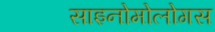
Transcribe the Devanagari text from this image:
साइनोमोलोगस